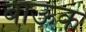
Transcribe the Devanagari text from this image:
बाऊक